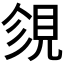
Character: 𧠝